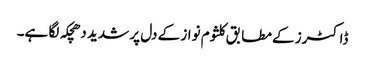
ڈاکٹرز کے مطابق کلثوم نواز کے دل پر شدید دھچکہ لگا ہے۔